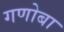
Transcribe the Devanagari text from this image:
गणोबा